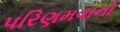
પરિણમવાનો